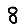
Digit: 8